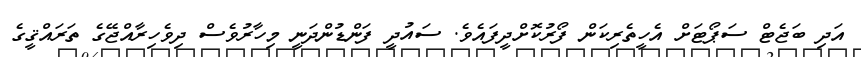
އަދި ބަޖެޓް ސަޕޯޓަށް އެހީތެރިކަން ފޯރުކޮށްދީފައެވެ. ސައުދީ ފަންޑުންދަނީ މިހާރުވެސް ދިވެހިރާއްޖޭގެ ތަރައްޤީގެ